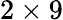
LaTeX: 2\times 9